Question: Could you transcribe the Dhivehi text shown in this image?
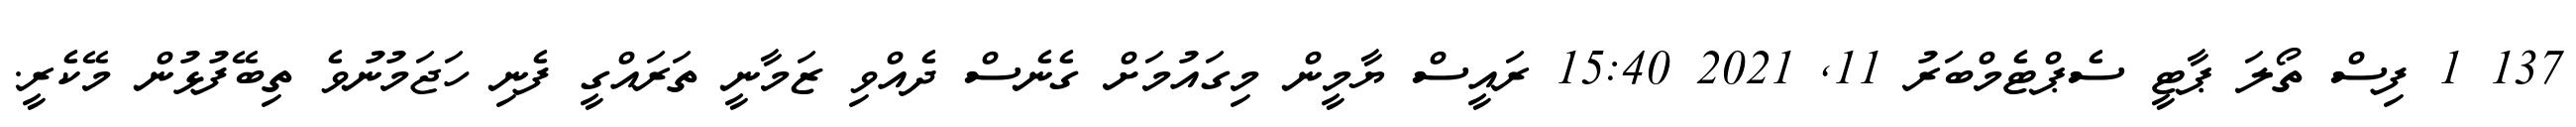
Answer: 137 1 ފިސް ތޯލަ ޕާޓީ ސެޕްޓެމްބަރު 11, 2021 15:40 ރައީސް ޔާމީން މިގައުމަށް ގެނެސް ދެއްވި ޒަމާނީ ތަރައްގީ ފެނި ހަޖަމުނުވެ ތިބޭފުޅުން މޭކެރީ.